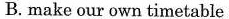
B. make our own timetable